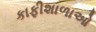
કાફીશાળાઓ